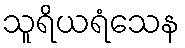
သူရိယရံသေန